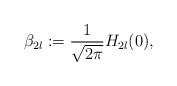
LaTeX: \begin{align*}\beta_{2l}:= \frac{1}{\sqrt{2\pi}}H_{2l}(0),\end{align*}